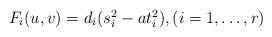
LaTeX: \begin{align*}\begin{array}{l}F_i(u,v)=d_i(s_i^2-at_i^2), (i=1,\dots,r)\\\end{array}\end{align*}